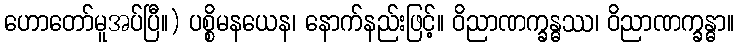
ဟောတော်မူအပ်ပြီ။) ပစ္စိမနယေန၊ နောက်နည်းဖြင့်။ ဝိညာဏက္ခန္ဓဿ၊ ဝိညာဏက္ခန္ဓာ။